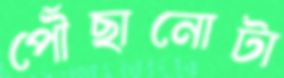
পৌঁছানোটা